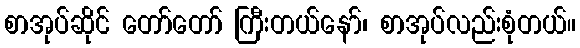
စာအုပ်ဆိုင် တော်တော် ကြီးတယ်နော်၊ စာအုပ်လည်းစုံတယ်။